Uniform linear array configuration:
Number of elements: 64
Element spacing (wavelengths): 0.25
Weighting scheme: hamming
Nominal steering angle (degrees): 60
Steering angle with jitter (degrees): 58.173
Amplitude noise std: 0.05
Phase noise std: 0.05

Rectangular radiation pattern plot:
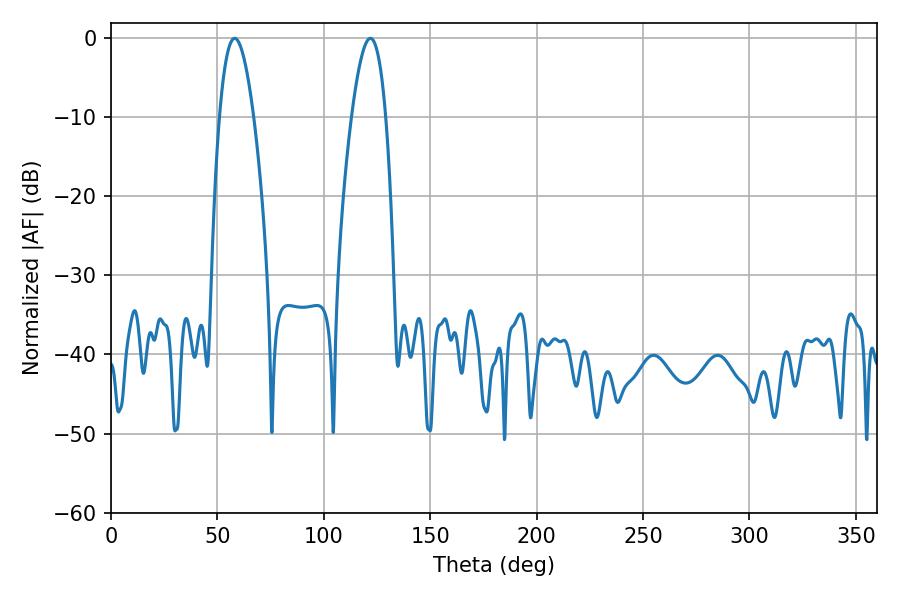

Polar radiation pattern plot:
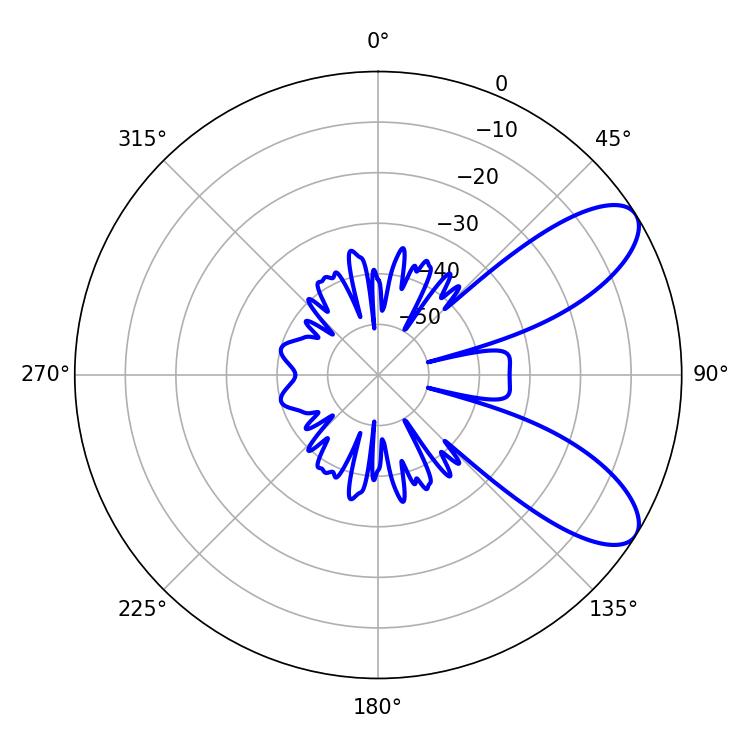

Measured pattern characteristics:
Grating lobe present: FALSE
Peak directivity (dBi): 8.505
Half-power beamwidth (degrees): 8.82
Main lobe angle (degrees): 58.14